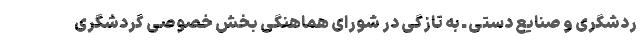
ردشگری و صنایع دستی ـ به تازگی در شورای هماهنگی بخش خصوصی گردشگری